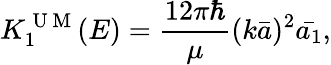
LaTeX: {K_{1}^{\mathrm{~U~M~}}(E)=\frac{12\pi\hbar}{\mu}(k\bar{a})^{2}\bar{a_{1}},}